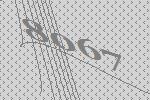
8067